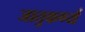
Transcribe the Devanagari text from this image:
जातुकर्ण्य